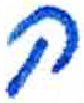
אות: ק